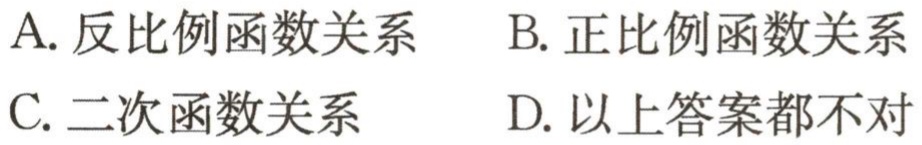
A. 反比例函数关系  B. 正比例函数关系

C. 二次函数关系  D. 以上答案都不对